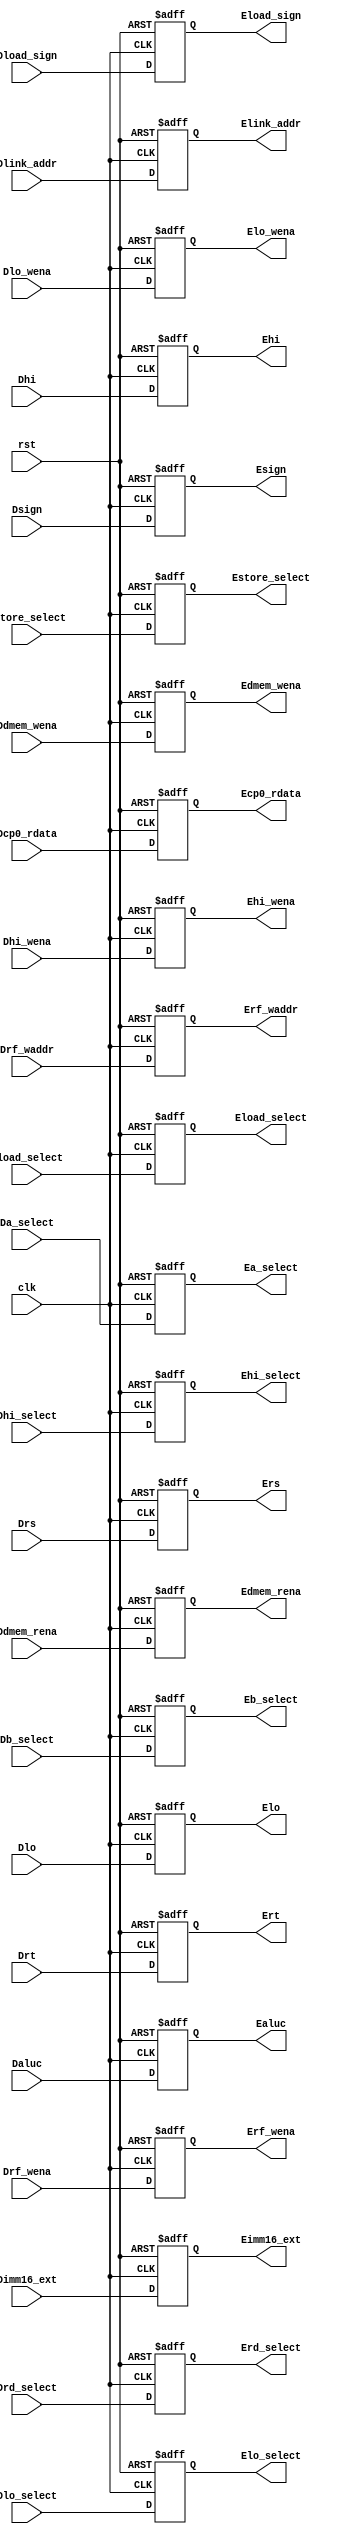
`timescale 1ns / 1ps

// ID / EXE ID
module PipeDEreg(
    input clk,
	input rst,
    input [31:0] Drs,
    input [31:0] Drt,
    input [31:0] Dimm16_ext,
    input [3:0] Daluc,
    input [31:0] Dcp0_rdata,
    input [31:0] Dlink_addr,
    input [31:0] Dhi,
    input [31:0] Dlo,
    input [4:0] Drf_waddr,
    input Drf_wena,
    input Dhi_wena,
    input Dlo_wena,
    input Ddmem_wena,
    input Ddmem_rena,
    input Dsign,
    input Dload_sign,
    input Da_select,
    input Db_select,
    input [2:0] Dload_select,
    input [2:0] Dstore_select,
    input [1:0] Dhi_select,
    input [1:0] Dlo_select,
    input [2:0] Drd_select, 
    output reg [31:0] Ers,
    output reg [31:0] Ert,
    output reg [31:0] Eimm16_ext,
    output reg [3:0] Ealuc,
    output reg [31:0] Ecp0_rdata,
    output reg [31:0] Elink_addr,
    output reg [31:0] Ehi,
    output reg [31:0] Elo,
    output reg [4:0] Erf_waddr,
    output reg Erf_wena,
    output reg Ehi_wena,
    output reg Elo_wena,
    output reg Edmem_wena,
    output reg Edmem_rena,
    output reg Esign,
    output reg Eload_sign,
    output reg Ea_select,
    output reg Eb_select,
    output reg [2:0] Eload_select,
    output reg [2:0] Estore_select,
    output reg [1:0] Ehi_select,
    output reg [1:0] Elo_select,
    output reg [2:0] Erd_select
);

    always @ (posedge clk or posedge rst)
    begin
        if (rst == 1)
        begin
            Ers <= 0;
            Ert <= 0;
            Eimm16_ext <= 0;
            Ealuc <= 0;
            Ecp0_rdata <= 0;
            Elink_addr <= 0;
            Ehi <= 0;
            Elo <= 0;
            Erf_waddr <= 0;
            Erf_wena <= 0;
            Ehi_wena <= 0;
            Elo_wena <= 0;
            Edmem_wena <= 0;
            Edmem_rena <= 0;
            Esign <= 0;
            Eload_sign <= 0;
            Ea_select <= 0;
            Eb_select <= 0;
            Eload_select <= 0;
            Estore_select <= 0;
            Ehi_select <= 0;
            Elo_select <= 0;
            Erd_select <= 0;
        end
        else
        begin
            Ers <= Drs;
            Ert <= Drt;
            Eimm16_ext <= Dimm16_ext;
            Ealuc <= Daluc;
            Ecp0_rdata <= Dcp0_rdata;
            Elink_addr <= Dlink_addr;
            Ehi <= Dhi;
            Elo <= Dlo;
            Erf_waddr <= Drf_waddr;
            Erf_wena <= Drf_wena;
            Ehi_wena <= Dhi_wena;
            Elo_wena <= Dlo_wena;
            Edmem_wena <= Ddmem_wena;
            Edmem_rena <= Ddmem_rena;
            Eload_sign <= Dload_sign;
            Ea_select <= Da_select;
            Eb_select <= Db_select;
            Esign <= Dsign;
            Eload_select <= Dload_select;
            Estore_select <= Dstore_select;
            Ehi_select <= Dhi_select;
            Elo_select <= Dlo_select;
            Erd_select <= Drd_select;
        end
    end

endmodule